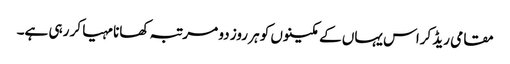
مقامی ریڈ کراس یہاں کے مکینوں کو ہر روز دو مرتبہ کھانا مہیا کر رہی ہے۔